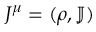
J ^ { \mu } = ( \rho , \mathbb { J } )